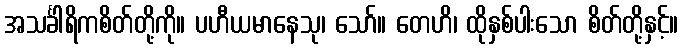
အသင်္ခါရိကစိတ်တို့ကို။ ပဟီယမာနေသု၊ သော်။ တေဟိ၊ ထိုနှစ်ပါးသော စိတ်တို့နှင့်။